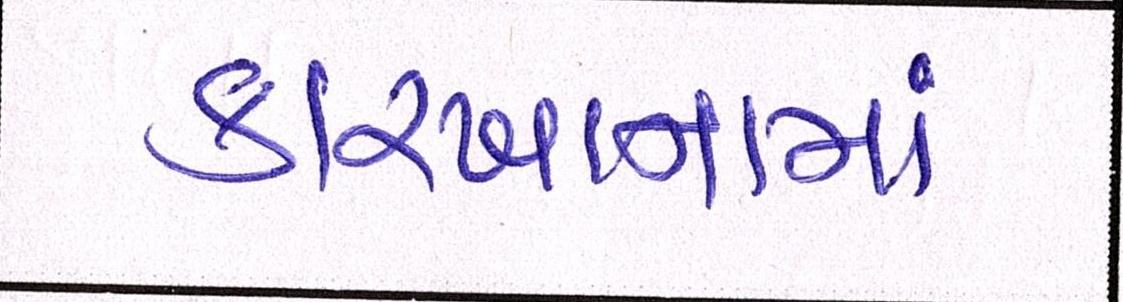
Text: કારખાનામાં